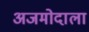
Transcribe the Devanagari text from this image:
अजमोदाला